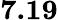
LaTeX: \mathbf{7.19}